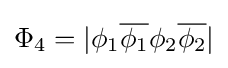
\Phi _{4}=|\phi _{1}{\overline {\phi _{1}}}\phi _{2}{\overline {\phi _{2}}}|